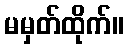
မမှတ်ထိုက်။